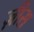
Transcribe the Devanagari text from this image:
ज़ीस